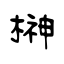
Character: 榊